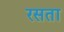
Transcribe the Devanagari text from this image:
रसता